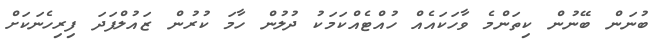
ބުނަން ބޭނުން ކިތަންމެ ވާހަކައެއް ހުއްޓެއްކަމަކު ދުލުން ހާމަ ކުރުން ޒައުލްފަދަ ފިރިހެނަކަށް